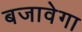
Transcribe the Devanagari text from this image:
बजावेगा